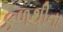
કળથીના